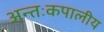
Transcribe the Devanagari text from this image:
अन्तःकपालीय